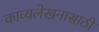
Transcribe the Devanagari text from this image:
काव्यलेखनासाठी